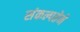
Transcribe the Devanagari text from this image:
संकल्पतेने